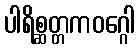
ပါရိစ္ဆတ္တကဝဂ္ဂေါ